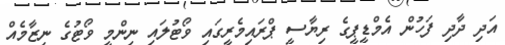
އަދި ދާދި ފަހުން އެމްޑީޕީގެ ރިޔާސީ ޕްރައިމެރީގައި ވޯޓުލައި ނިންމީ ވޯޓުގެ ނިޒާމެއް